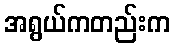
အရွယ်ကတည်းက